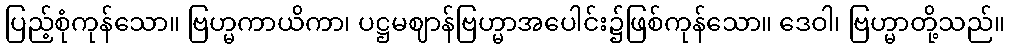
ပြည့်စုံကုန်သော။ ဗြဟ္မကာယိကာ၊ ပဋ္ဌမဈာန်ဗြဟ္မာအပေါင်း၌ဖြစ်ကုန်သော။ ဒေဝါ၊ ဗြဟ္မာတို့သည်။